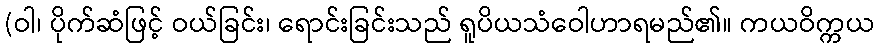
(ဝါ၊ ပိုက်ဆံဖြင့် ဝယ်ခြင်း၊ ရောင်းခြင်းသည် ရူပိယသံဝေါဟာရမည်၏။ ကယဝိက္ကယ